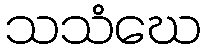
သသံဃေ